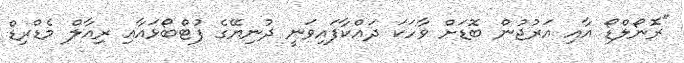
"ރޮނޯލްޑޯ އާއި އަރުޖުން ބޮޑަށް ވާހަކަ ދައްކާފައިވަނީ ދުނިޔޭގެ ފުޓްބޯޅައާއި ރިއާލް މެޑްރިޑް